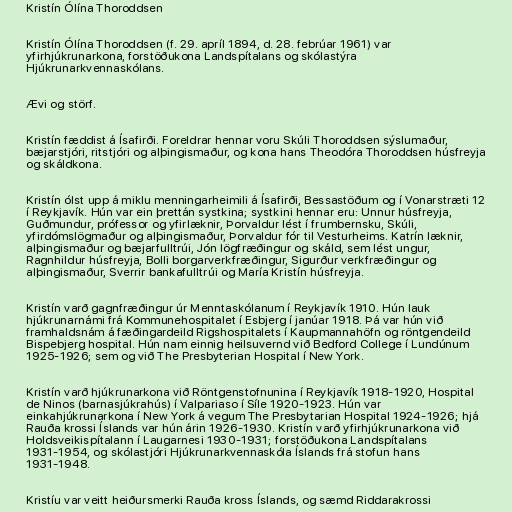
Kristín Ólína Thoroddsen

Kristín Ólína Thoroddsen (f. 29. apríl 1894, d. 28. febrúar 1961) var
yfirhjúkrunarkona, forstöðukona Landspítalans og skólastýra
Hjúkrunarkvennaskólans.

Ævi og störf.

Kristín fæddist á Ísafirði. Foreldrar hennar voru Skúli Thoroddsen sýslumaður,
bæjarstjóri, ritstjóri og alþingismaður, og kona hans Theodóra Thoroddsen húsfreyja
og skáldkona.

Kristín ólst upp á miklu menningarheimili á Ísafirði, Bessastöðum og í Vonarstræti 12
í Reykjavík. Hún var ein þrettán systkina; systkini hennar eru: Unnur húsfreyja,
Guðmundur, prófessor og yfirlæknir, Þorvaldur lést í frumbernsku, Skúli,
yfirdómslögmaður og alþingismaður, Þorvaldur fór til Vesturheims. Katrín læknir,
alþingismaður og bæjarfulltrúi, Jón lögfræðingur og skáld, sem lést ungur,
Ragnhildur húsfreyja, Bolli borgarverkfræðingur, Sigurður verkfræðingur og
alþingismaður, Sverrir bankafulltrúi og María Kristín húsfreyja.

Kristín varð gagnfræðingur úr Menntaskólanum í Reykjavík 1910. Hún lauk
hjúkrunarnámi frá Kommunehospitalet í Esbjerg í janúar 1918. Þá var hún við
framhaldsnám á fæðingardeild Rigshospitalets í Kaupmannahöfn og röntgendeild
Bispebjerg hospital. Hún nam einnig heilsuvernd við Bedford College í Lundúnum
1925-1926; sem og við The Presbyterian Hospital í New York.

Kristín varð hjúkrunarkona við Röntgenstofnunina í Reykjavík 1918-1920, Hospital
de Ninos (barnasjúkrahús) í Valpariaso í Síle 1920-1923. Hún var
einkahjúkrunarkona í New York á vegum The Presbytarian Hospital 1924-1926; hjá
Rauða krossi Íslands var hún árin 1926-1930. Kristín varð yfirhjúkrunarkona við
Holdsveikispítalann í Laugarnesi 1930-1931; forstöðukona Landspítalans
1931-1954, og skólastjóri Hjúkrunarkvennaskóla Íslands frá stofun hans
1931-1948.

Kristíu var veitt heiðursmerki Rauða kross Íslands, og sæmd Riddarakrossi